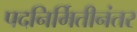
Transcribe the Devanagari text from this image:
पदनिर्मितीनंतर